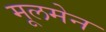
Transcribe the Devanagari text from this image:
मूलमेन